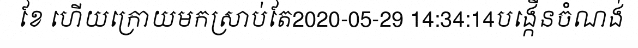
ខែ ហើយក្រោយមកស្រាប់តែ2020-05-29 14:34:14បង្កើនចំណង់